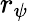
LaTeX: r_{\psi}